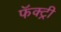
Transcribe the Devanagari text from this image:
फॅक्ट्री